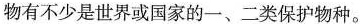
物有不少是世界或国家的一、二类保护物种。